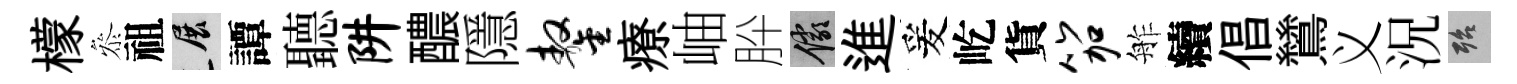
檬叅祖展譚聽阱醲隱鏊療岫肸儼進爰屹貨笳舴續倡鷥义況殆